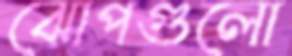
ঝোপগুলো